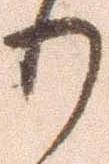
り